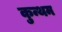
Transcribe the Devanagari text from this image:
कुन्थम